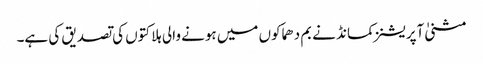
مثنیٰ آپریشنز کمانڈ نے بم دھماکوں میں ہونے والی ہلاکتوں کی تصدیق کی ہے۔